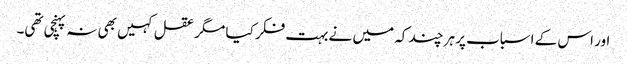
اور اس کے اسباب پر ہر چند کہ میں نے بہت فکر کیا مگر عقل کہیں بھی نہ پہنچی تھی۔